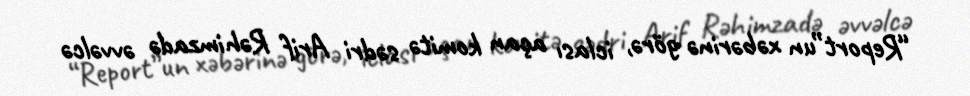
“Report”un xəbərinə görə, iclası açan komitə sədri Arif Rəhimzadə əvvəlcə